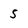
Character: 5